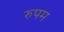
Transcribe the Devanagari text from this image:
रुपम